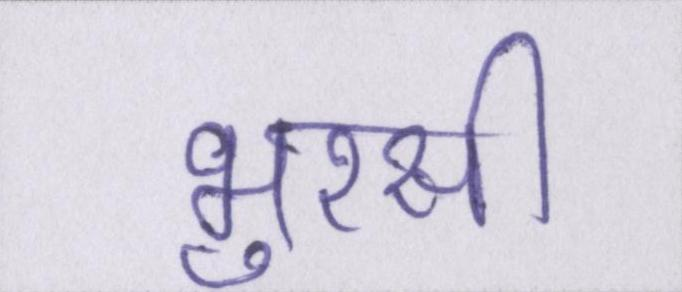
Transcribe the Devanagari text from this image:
भुरसी